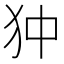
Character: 狆